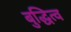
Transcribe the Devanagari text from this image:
बुद्धित्व